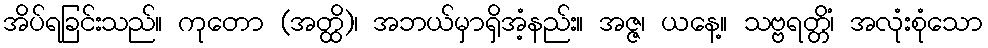
အိပ်ရခြင်းသည်။ ကုတော (အတ္ထိ)၊ အဘယ်မှာရှိအံ့နည်း။ အဇ္ဇ၊ ယနေ့။ သဗ္ဗရတ္တိံ၊ အလုံးစုံသော